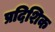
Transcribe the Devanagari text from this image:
प्रदिशिक